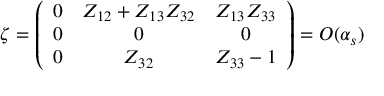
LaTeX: \zeta = \left( \begin{array} { c c c } { { 0 } } & { { Z _ { 1 2 } + Z _ { 1 3 } Z _ { 3 2 } } } & { { Z _ { 1 3 } Z _ { 3 3 } } } \\ { { 0 } } & { { 0 } } & { { 0 } } \\ { { 0 } } & { { Z _ { 3 2 } } } & { { Z _ { 3 3 } - 1 } } \end{array} \right) = { \cal O } ( \alpha _ { s } )